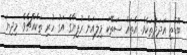
ބޮޑެތި އަދަދުތަކެވެ. އެތައް ސަތޭކަ މިލިއަން ރުފިޔާގެ އަގު ހުރި ތަކެއްޗެވެ. މިދިޔަ